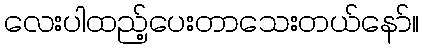
လေးပါထည့်ပေးတာသေးတယ်နော်။